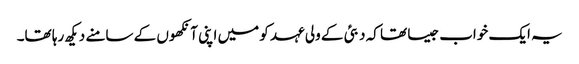
یہ ایک خواب جیسا تھا کہ دبئی کے ولی عہد کو میں اپنی آنکھوں کے سامنے دیکھ رہا تھا۔